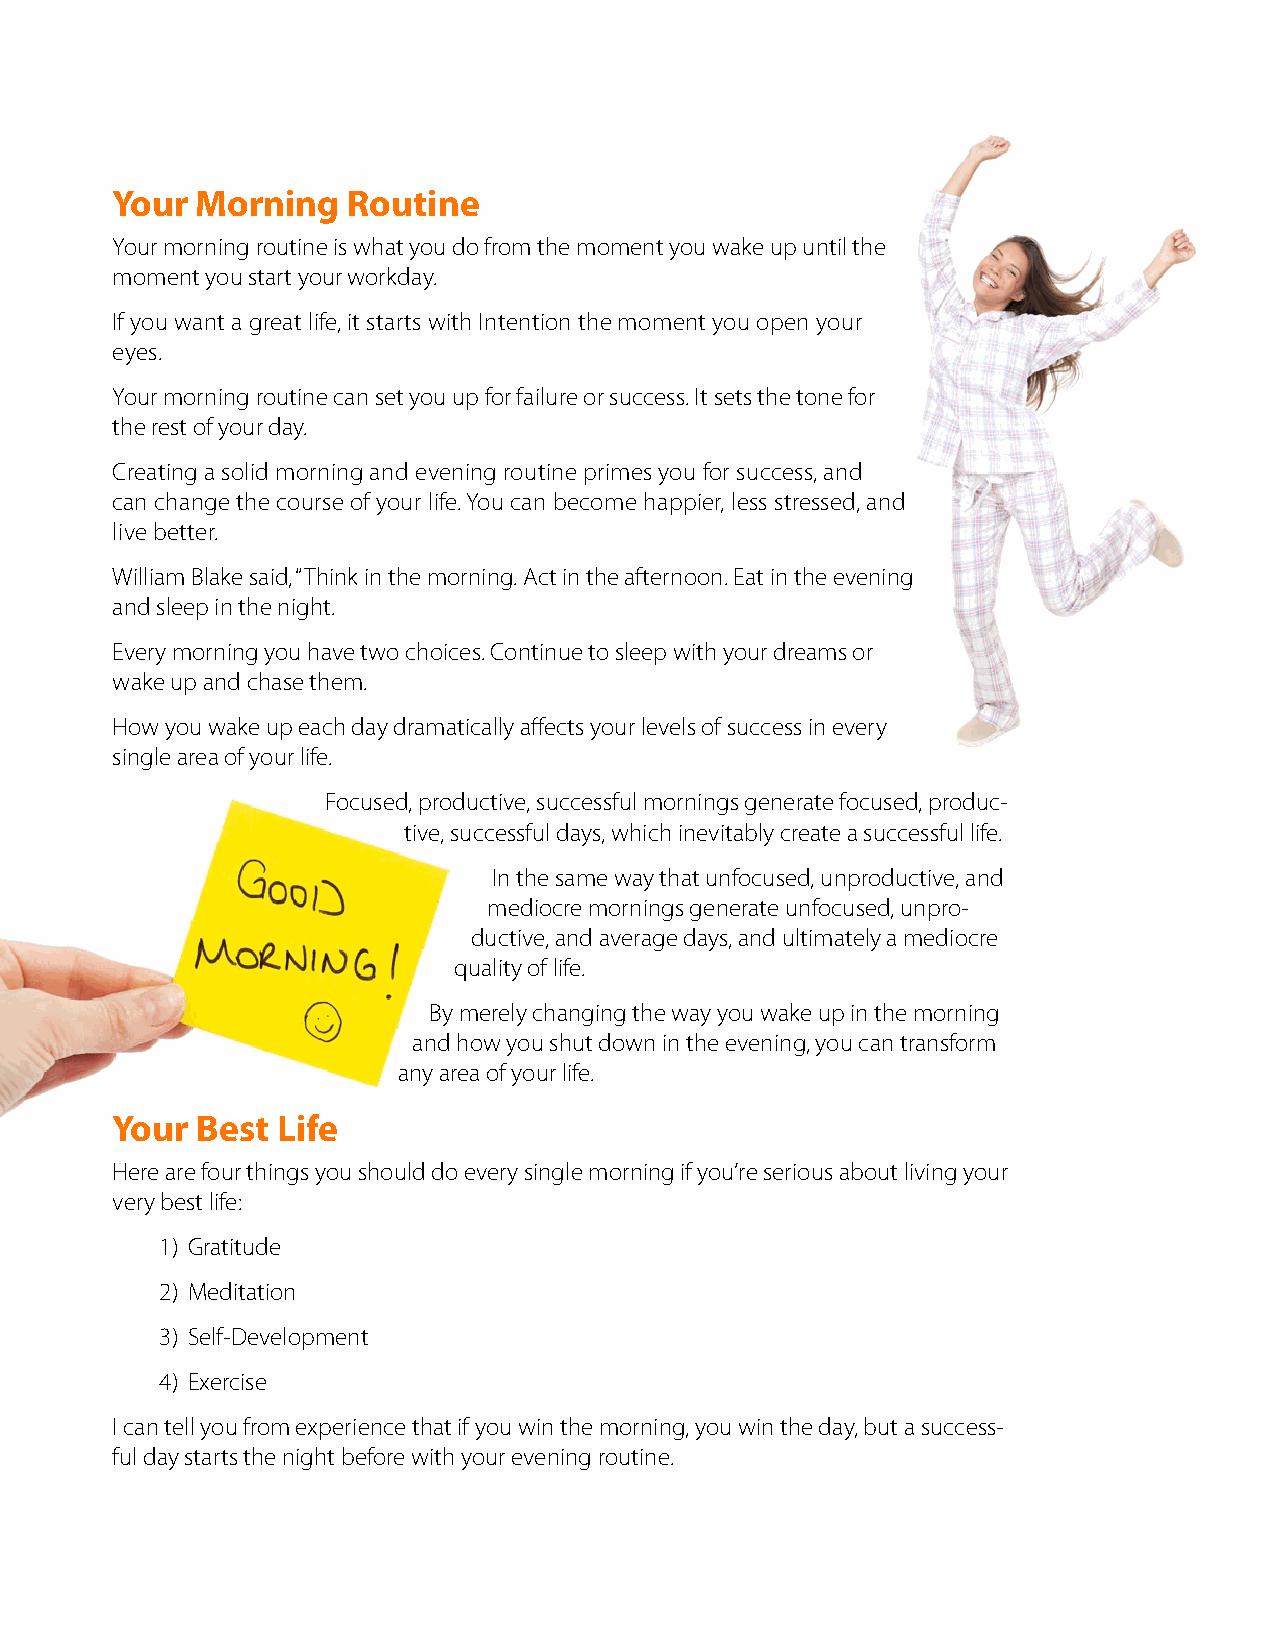
Your  Morning   Routine
 Your morning routine is what you do from the moment you wake up until the
 moment you start your workday.
 If you want a great life, it starts with Intention the moment you open your
 eyes.
 Your morning routine can set you up for failure or success. It sets the tone for
 the rest of your day.
 Creating a solid morning and evening routine primes you for success, and
 can change the course of your life. You can become happier, less stressed, and
 live better.
 William Blake said, “Think in the morning. Act in the afternoon. Eat in the evening
 and sleep in the night.
 Every morning you have two choices. Continue to sleep with your dreams or
 wake up and chase them.
 How you wake up each day dramatically affects your levels of success in every
 single area of your life.
 Focused, productive, successful mornings generate focused, produc-
 tive, successful days, which inevitably create a successful life.
 In the same way that unfocused, unproductive, and
 mediocre mornings generate unfocused, unpro-
 ductive, and average days, and ultimately a mediocre
 quality of life.
 By merely changing the way you wake up in the morning
 and how you shut down in the evening, you can transform
 any area of your life.
 Your  Best Life
 Here are four things you should do every single morning if you’re serious about living your
 very best life:
 1) Gratitude
 2) Meditation
 3) Self-Development
 4) Exercise
 I can tell you from experience that if you win the morning, you win the day, but a success-
 ful day starts the night before with your evening routine.